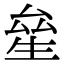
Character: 𤯢